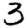
Digit: 3